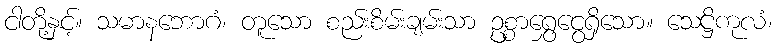
ငါတို့နှင့်။ သမာနဘောဂံ၊ တူသော စည်းစိမ်းချမ်းသာ ဥစ္စာရွှေငွေရှိသော။ သေဋ္ဌိကုလံ၊